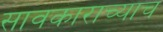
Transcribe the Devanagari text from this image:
सावकाराच्याच